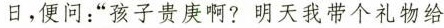
日，便问：”孩子贵庚啊?明天我带个礼物给